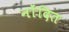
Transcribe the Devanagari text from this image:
नोंदित